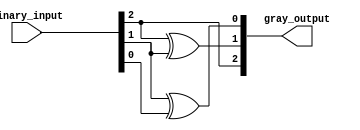
module gray_code_encoder (
    input [2:0] binary_input,  // 3-bit binary input
    output [2:0] gray_output    // 3-bit Gray code output
);

// Gray code conversion logic
assign gray_output[2] = binary_input[2];               // G2 = B2
assign gray_output[1] = binary_input[2] ^ binary_input[1]; // G1 = B2 XOR B1
assign gray_output[0] = binary_input[1] ^ binary_input[0]; // G0 = B1 XOR B0

endmodule